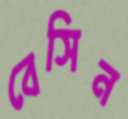
বেসিন